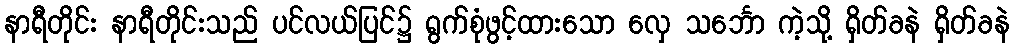
နာရီတိုင်း နာရီတိုင်းသည် ပင်လယ်ပြင်၌ ရွက်စုံဖွင့်ထားသော လှေ သင်္ဘော ကဲ့သို့ ရှိတ်ခနဲ ရှိတ်ခနဲ